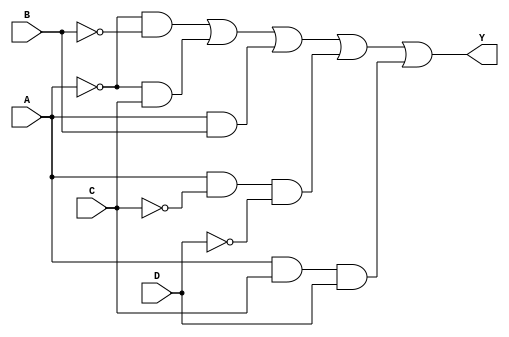
module four_variable_logic (
    input wire A,  // Input variable A
    input wire B,  // Input variable B
    input wire C,  // Input variable C
    input wire D,  // Input variable D
    output wire Y  // Output variable Y
);

    // Combinational logic based on the derived expression
    assign Y = (~A & ~B) | (~A & C) | (A & B) | (A & ~C & ~D) | (A & C & D);

endmodule